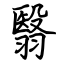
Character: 翳